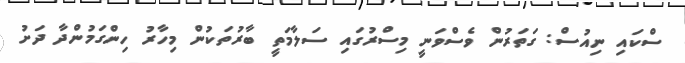
ސްކައި ނިއުސް: ގަތަރުން ވެސްވަނީ މިސްރުގައި ސަލާމަތީ ބާރުތަކުން މިހާރު ހިންގަމުންދާ ދަށު